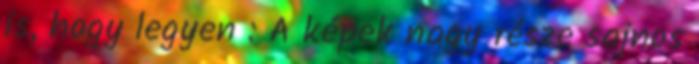
is, hogy legyen : A képek nagy része sajnos